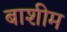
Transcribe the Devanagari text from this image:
बाशीम